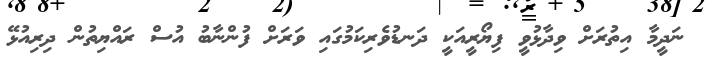
ނަދީމާ އިތުރަށް ވިދާޅުވީ ފިޔޯރީއަކީ ދަނޑުވެރިކަމުގައި ވަރަށް ފުންނާބު އުސް ރައްޔިތުން ދިރިއުޅޭ